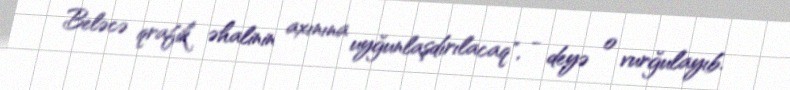
Beləcə qrafik əhalinin axınına uyğunlaşdırılacaq", - deyə o vurğulayıb.